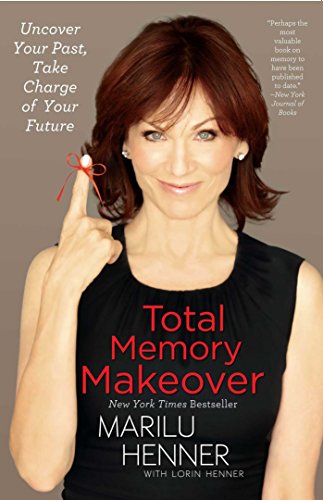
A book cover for Total Memory Makeover: Uncover Your Past, Take Charge of Your Future; Marilu Henner; Self-Help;